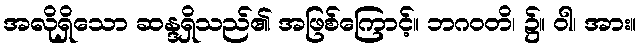
အလိုရှိသော ဆန္ဒရှိသည်၏ အဖြစ်ကြောင့်။ ဘဂဝတိ၊ ၌။ ဝါ၊ အား။